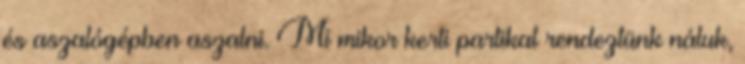
és aszalógépben aszalni. Mi mikor kerti partikat rendeztünk náluk,